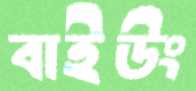
বাইউং